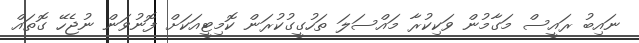
ނައިބު ރައީސް މަގާމުން ވަކިކުރާ މައްސަލަ ތަހުގީގުކުރަން ކޮމިޓީއަކަށް ފޮނުވަން ނުޖެހޭ ގޮތައް